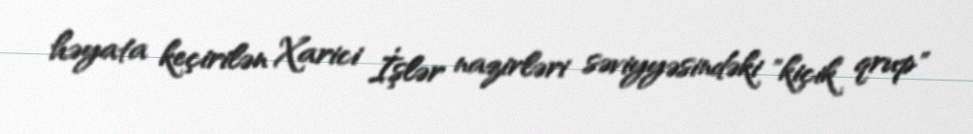
həyata keçirilən Xarici İşlər nazirləri səviyyəsindəki "kiçik qrup"